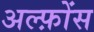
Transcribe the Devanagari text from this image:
अल्फ़ोंस